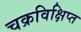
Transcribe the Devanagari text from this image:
चक्रविक्षिप्त